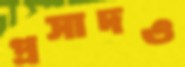
প্রসাদও